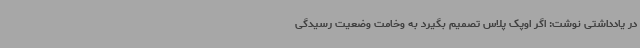
در یادداشتی نوشت: اگر اوپک پلاس تصمیم بگیرد به وخامت وضعیت رسیدگی